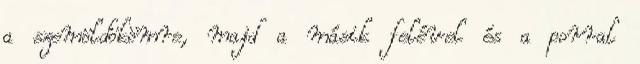
a szemöldökömre, majd a másik felével és a porral